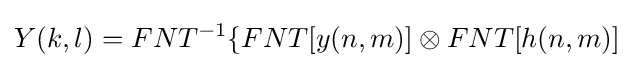
Y(k,l)=FNT^{-1}\{FNT[y(n,m)]\otimes FNT[h(n,m)]